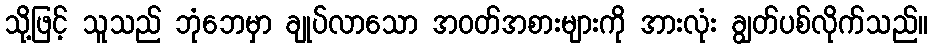
သို့ဖြင့် သူသည် ဘုံဘေမှာ ချုပ်လာသော အဝတ်အစားများကို အားလုံး ချွတ်ပစ်လိုက်သည်။